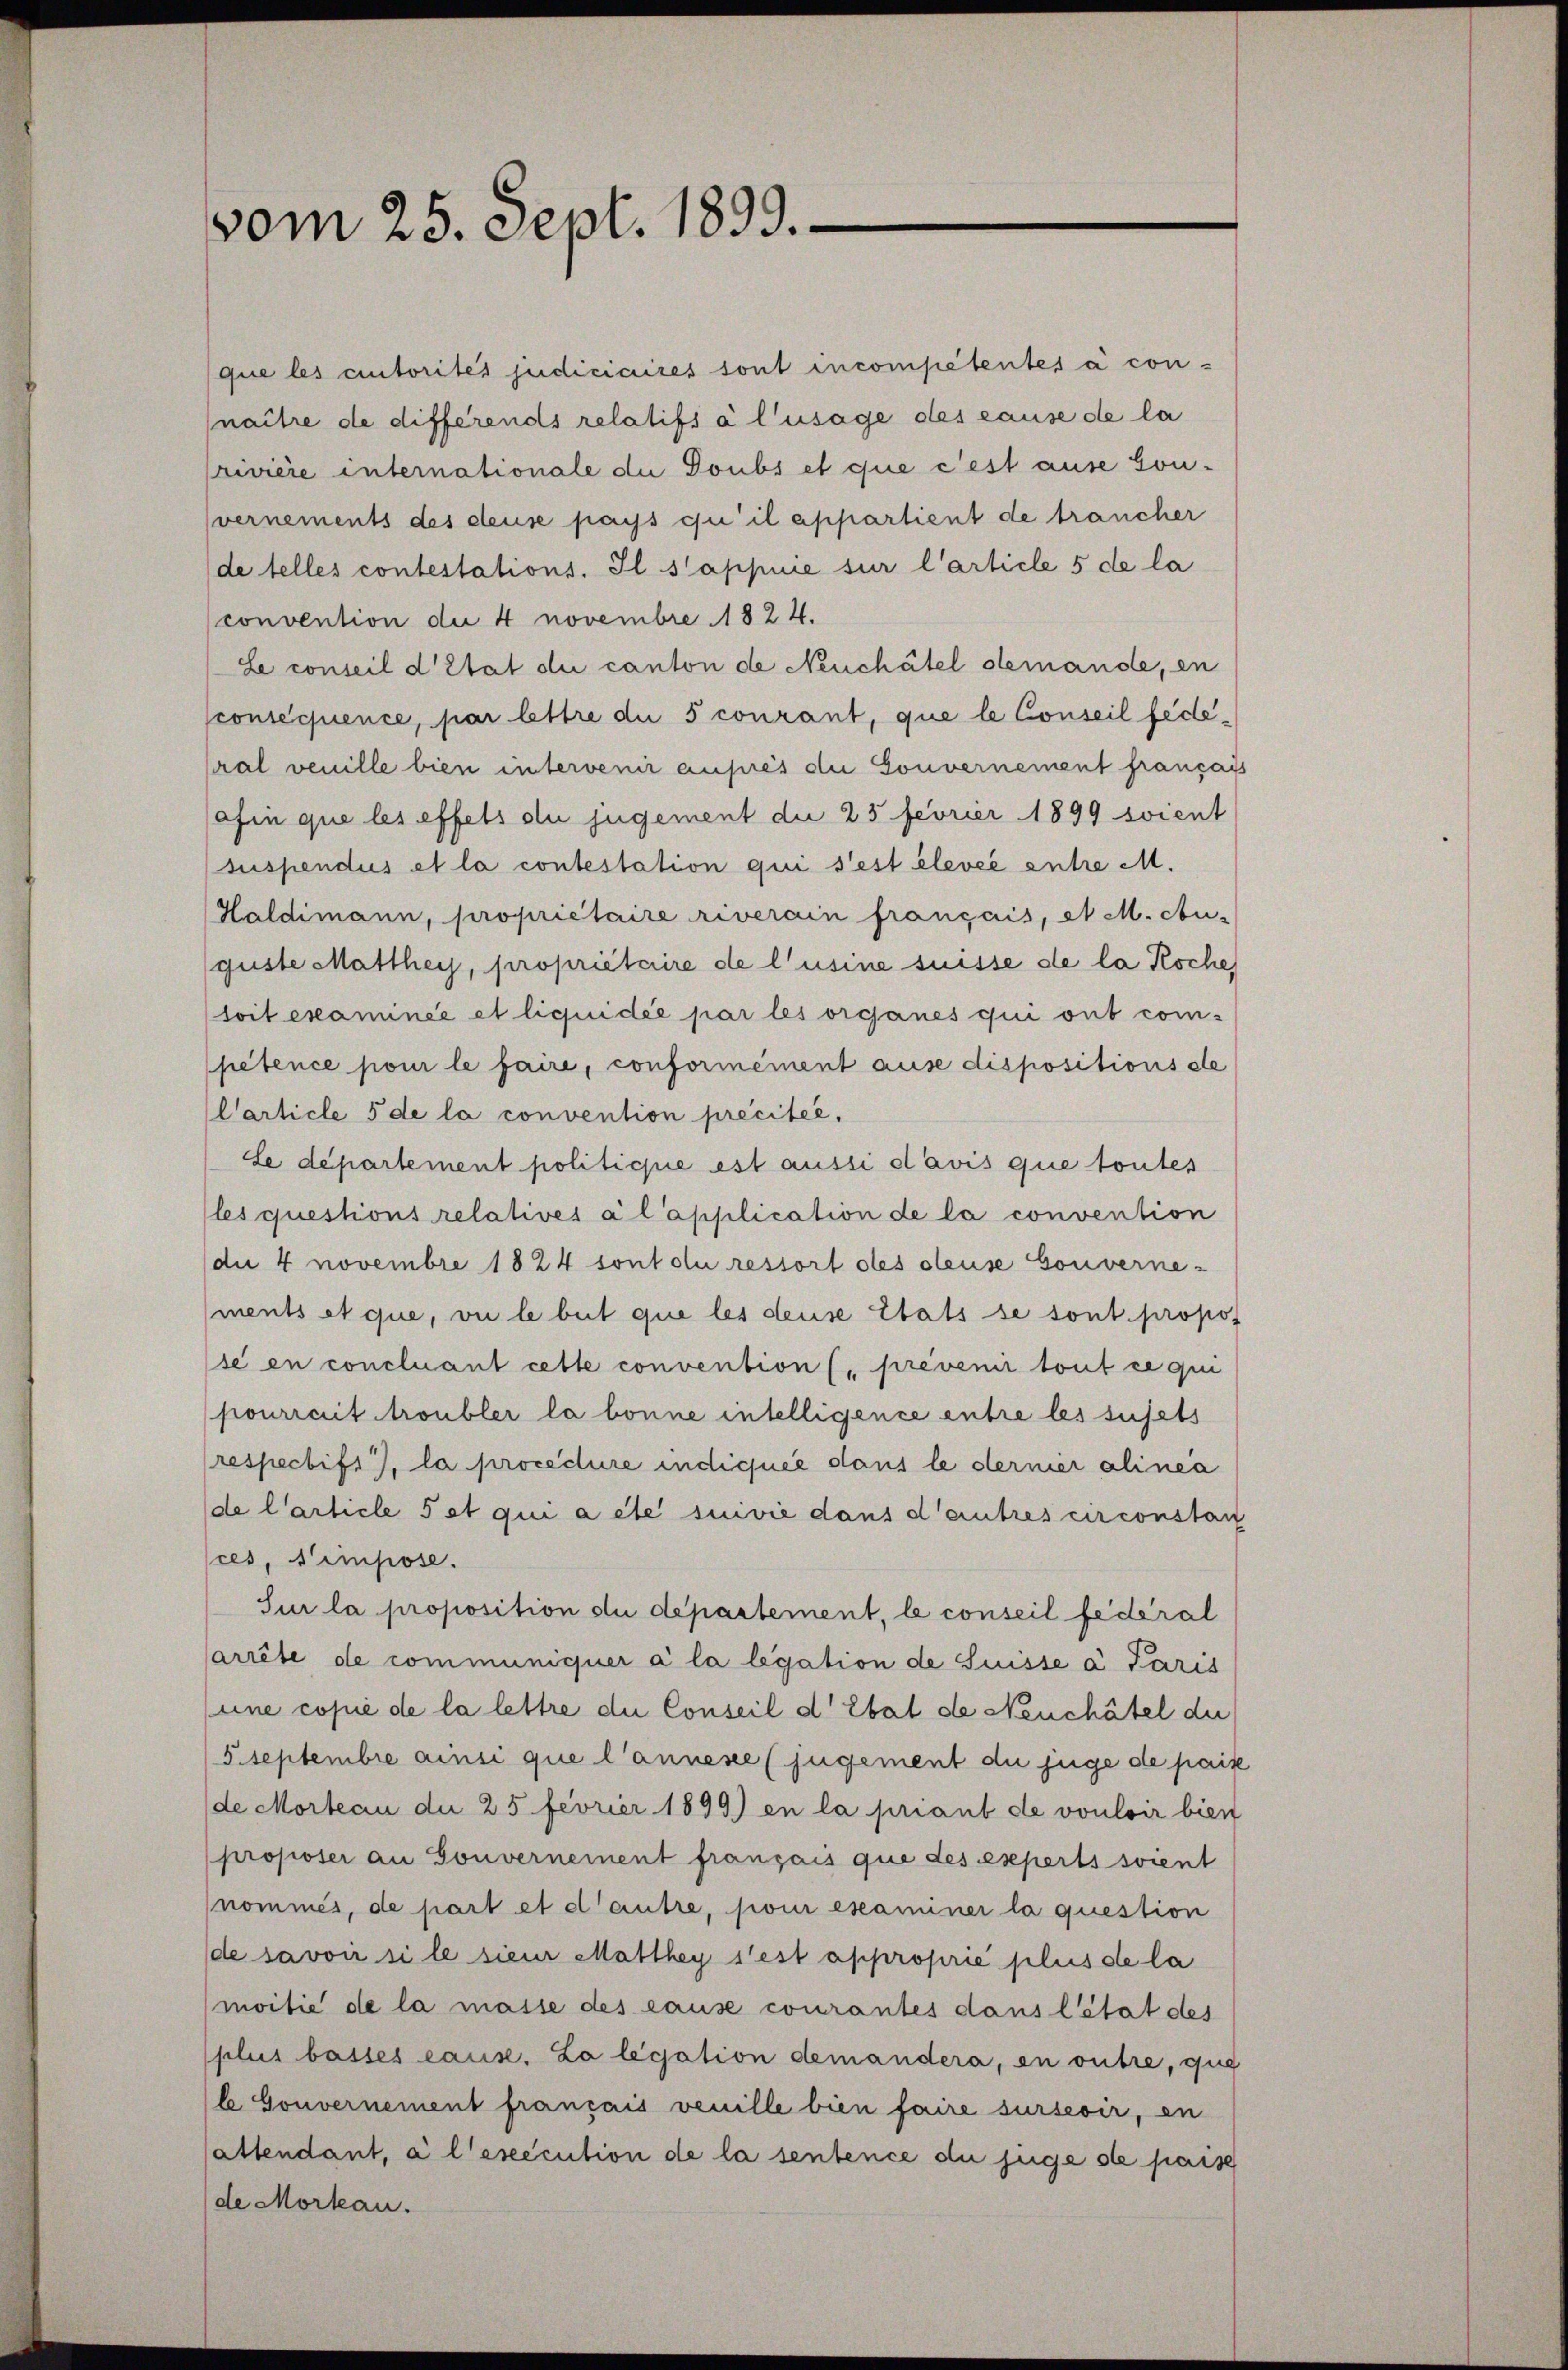
vom 25. Sept. 1899.

que les cutorités judiciaires sont incompetentes à connaitre de differends relatifs à l’usage des cause de la
rivière internationale die Doubs et que c’est ause son-
vernements des deuse pays qu’il appartient de trancher
de telles contestations. Il s’appuie sur l’article 5 de la
convention der 4 novembre 1824.
Le conseil d’Etat die canton de Neuchâtel demande, en
consequence, par lettre die 5 courant, que le Conseil federal veuille bien intervenir auprès die Gouvernement français
afin que les effets du jugement die 25 Fevrier 1899 soient
suspendus et la contestation qui s’est élevée ente M.
Haldimann, propriétaire riverain français, et M. cbu-
guste Matthey, propriétaire de l’usine suisse de la Koche
toit examinée et liquidée par les organes qui ont competence pour le faire, conformément ause dispositionsste
Carticle 5 de la convention precitée,
de departement politicie est aussi davis que toutes
les questions relatives à l’application de la convention
die 4 novembre 1824 sont du ressort des oleuse Gouverne-
ments et que, vie le beit que les deuse Etats se sont propos
se en concluant cette convention („prevenir tout ce qui
pourrait troubler la bonne intelligence entre les susets
respectifs, la procedure indiquée dans le derner alinea
de l’article 5 et qui a été suivie dans d’autres circonstan
ces, Simpose.
Sur la proposition du departement, le conseil fédéral
arrête de communiquer à la legation de Suisse a Paris
eine copie de la lettre die Conseil d’Etat de Neuchâtel de
Sseptembre ainsi que l’annese (jugement du juge de paite
de Morteau die 25 fevrier 1899) en la priant de vouloir bien
proposer an Gouvernement français que des experts soient
nommes, de part et d’autre, pour examiner la question
de savoir si le sieur Matthey s’est approprié plus de la
moitié de la masse des cause courantes dans l’état des
plus basses cause. La legation demandera, en outre, que
b Gouvernement français venille bien faire surseoir, en
sattendant, à l’esecution de la sentence du juge de pais
de Morkau